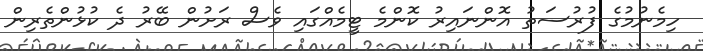
ހިމެނުމުގެ ފުރުސަތު އޮންނައިރު ކޮންމެ ޓީމެއްގައި ވެސް ރަށުން ބޭރު ދެ ކުޅުންތެރިން